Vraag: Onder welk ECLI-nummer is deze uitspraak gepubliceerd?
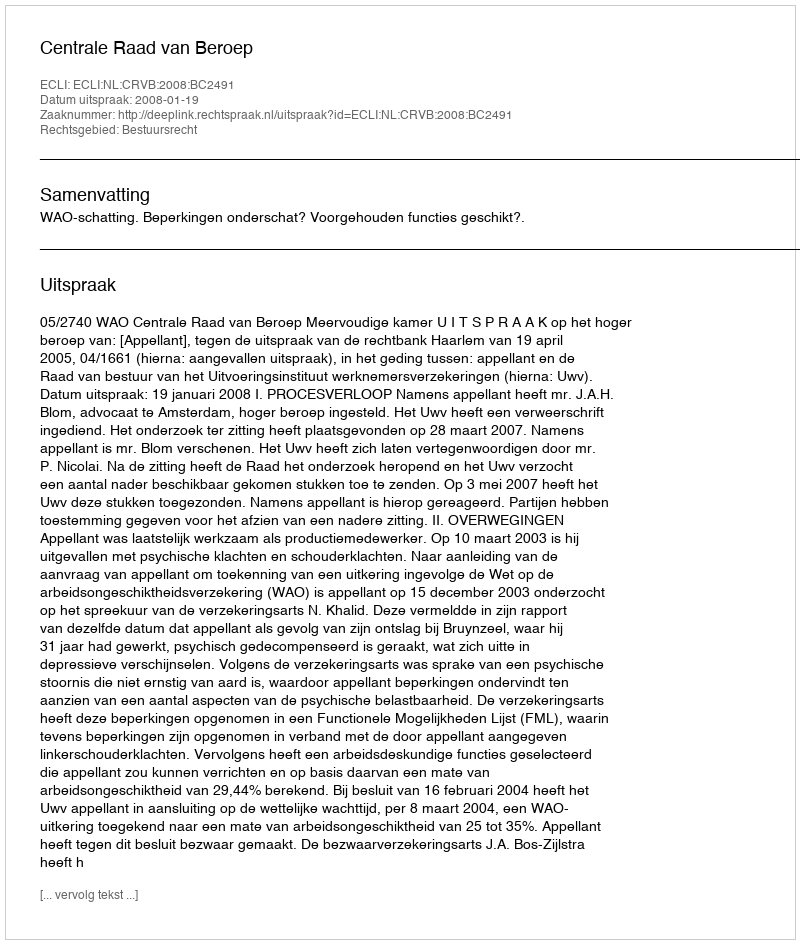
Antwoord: ECLI:NL:CRVB:2008:BC2491